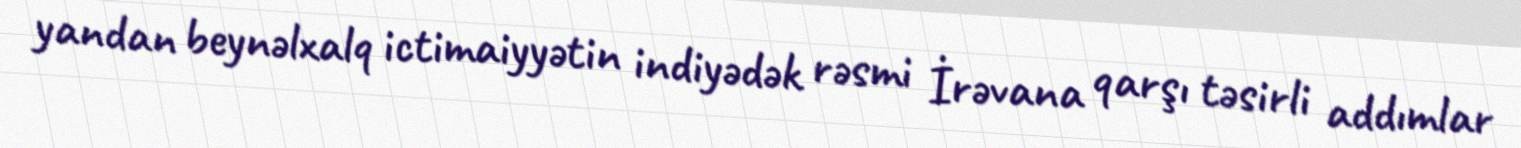
yandan beynəlxalq ictimaiyyətin indiyədək rəsmi İrəvana qarşı təsirli addımlar